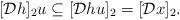
LaTeX: \begin{align*}[\mathcal{D}h ]_2 u \subseteq[\mathcal{D}h u ]_2 =[\mathcal{D}x ]_2.\end{align*}